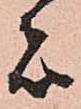
者